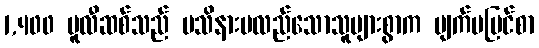
1,400 ပူလီဆစ်သည် မသိနားမလည်သောသူများစွာက မျက်မမြင်စာ